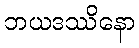
ဘယဒဿိနော